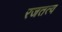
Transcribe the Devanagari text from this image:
रजतत्व